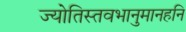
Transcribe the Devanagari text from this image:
ज्योतिस्तवभानुमानहनि